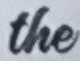
the